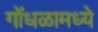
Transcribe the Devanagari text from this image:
गोंधळामध्ये